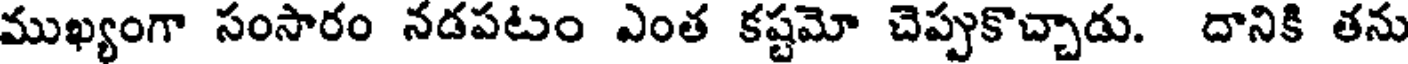
ముఖ్యంగా సంసారం నడపటం ఎంత కష్టమో చెప్పుకొచ్చాడు. దానికి తను